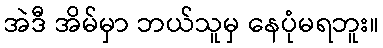
အဲဒီ အိမ်မှာ ဘယ်သူမှ နေပုံမရဘူး။